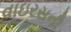
વાઇરસની